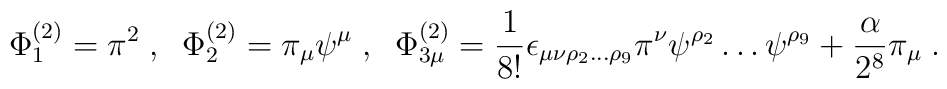
\Phi^{(2)}_1 = \pi^2\;,\;\;\Phi^{(2)}_2 = \pi_\mu\psi^\mu\;,\;\;\Phi^{(2)}_{3\mu} =\frac{1}{8!}\epsilon_{\mu\nu\rho_2\ldots\rho_9}\pi^\nu\psi^{\rho_2}\ldots\psi^{\rho_9}+\frac{\alpha}{2^8}\pi_\mu\;.